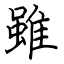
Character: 雖